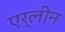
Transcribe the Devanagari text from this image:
एर्लीन